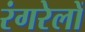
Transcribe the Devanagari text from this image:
रंगरेलों